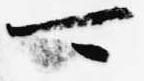
可